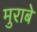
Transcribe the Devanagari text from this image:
मुराबे